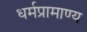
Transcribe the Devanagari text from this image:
धर्मप्रामाण्य